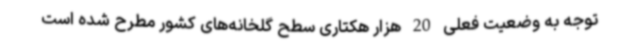
توجه به وضعیت فعلی 20 هزار هکتاری سطح گلخانه‌های کشور مطرح شده است